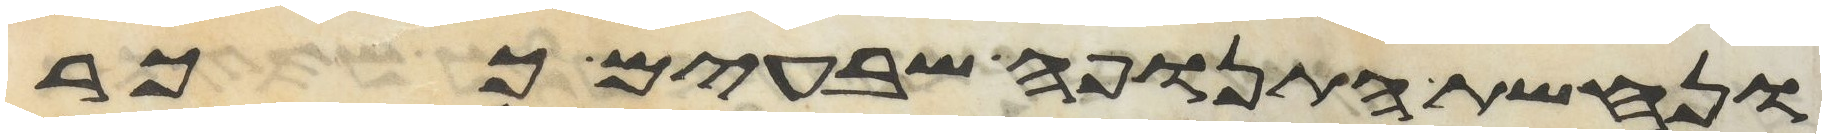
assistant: ונחשת התנופה שבעים ככר